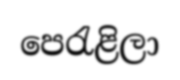
පෙරැළිලා